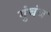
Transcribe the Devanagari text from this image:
गुंबंज